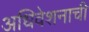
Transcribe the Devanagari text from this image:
अधिवेशनाची